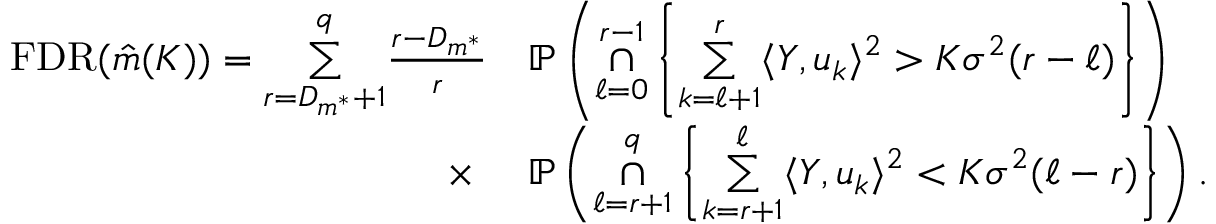
\begin{array} { r l } { \mathrm { F D R } ( \Hat { m } ( K ) ) = \underset { r = D _ { m ^ { * } } + 1 } { \overset { q } { \sum } } \frac { r - D _ { m ^ { * } } } { r } } & { \mathbb { P } \left( \underset { \ell = 0 } { \overset { r - 1 } { \cap } } \left\{ \underset { k = \ell + 1 } { \overset { r } { \sum } } \langle Y , u _ { k } \rangle ^ { 2 } > K \sigma ^ { 2 } ( r - \ell ) \right\} \right) } \\ { \times \ } & { \mathbb { P } \left( \underset { \ell = r + 1 } { \overset { q } { \cap } } \left\{ \underset { k = r + 1 } { \overset { \ell } { \sum } } \langle Y , u _ { k } \rangle ^ { 2 } < K \sigma ^ { 2 } ( \ell - r ) \right\} \right) . } \end{array}